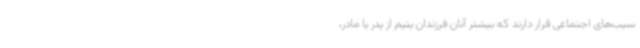
سیب‌های اجتماعی قرار دارند که بیشتر آنان فرزندان یتیم از پدر یا مادر،